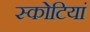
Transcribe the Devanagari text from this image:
स्कोटियां